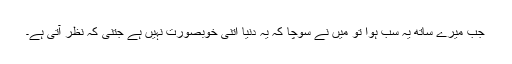
جب میرے ساتھ یہ سب ہوا تو میں نے سوچا کہ یہ دنیا اتنی خوبصورت نہیں ہے جتنی کہ نظر آتی ہے۔